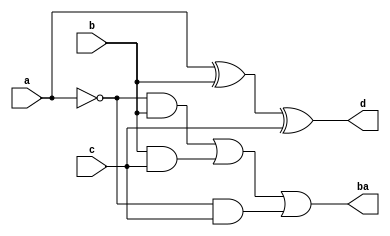
`timescale 1ns / 1ps
//////////////////////////////////////////////////////////////////////////////////

// ID     : N180116
//Branch  : ECE
//Project : RTL design using Verilog
//Title   : Full substractor using Data Flow method
//Module  : Main Design Module
//RGUKT NUZVID 
//////////////////////////////////////////////////////////////////////////////////

module fs_df(a,b,c,ba,d);
input a,b,c;
output ba,d;

assign ba=((~a)&b)|(b&c)|((~a)&c);
assign d=a^b^c;

endmodule